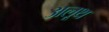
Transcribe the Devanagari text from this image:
अलूथ